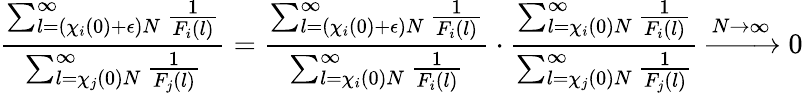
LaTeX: \frac{\sum_{l=(\chi_{i}(0)+\epsilon)N}^{\infty}\frac{1}{F_{i}(l)}}{\sum_{l=\chi_{j}(0)N}^{\infty}\frac{1}{F_{j}(l)}}=\frac{\sum_{l=(\chi_{i}(0)+\epsilon)N}^{\infty}\frac{1}{F_{i}(l)}}{\sum_{l=\chi_{i}(0)N}^{\infty}\frac{1}{F_{i}(l)}}\cdot\frac{\sum_{l=\chi_{i}(0)N}^{\infty}\frac{1}{F_{i}(l)}}{\sum_{l=\chi_{j}(0)N}^{\infty}\frac{1}{F_{j}(l)}}\xrightarrow{N\to\infty}0